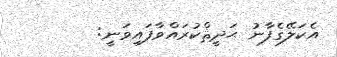
އެކަލޭގެފާނު ޙަދީޘްކުރައްވާފައިވަނީ: